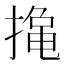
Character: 𮲑